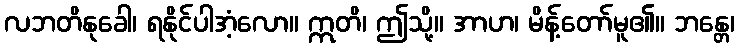
လဘတိနုခေါ၊ ရနိုင်ပါအံ့လော။ ဣတိ၊ ဤသို့။ အာဟ၊ မိန့်တော်မူ၏။ ဘန္တေ၊